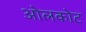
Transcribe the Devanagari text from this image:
ओलकोट